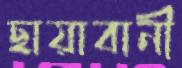
ছায়াবানী